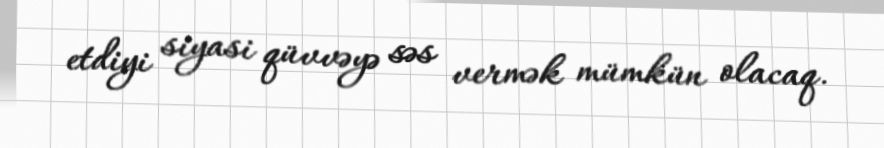
etdiyi siyasi qüvvəyə səs vermək mümkün olacaq.